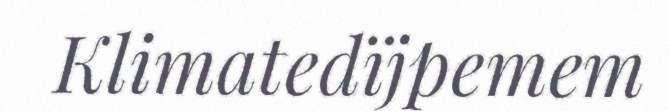
Klimatedïjpemem